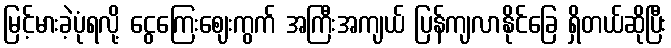
မြင့်မားခဲ့ပုံရလို့ ငွေကြေးဈေးကွက် အကြီးအကျယ် ပြန်ကျလာနိုင်ခြေ ရှိတယ်ဆိုပြီး